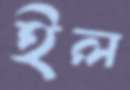
ইল